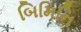
બિમિનિ